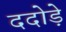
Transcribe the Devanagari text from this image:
ददोड़े